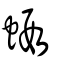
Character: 蝦